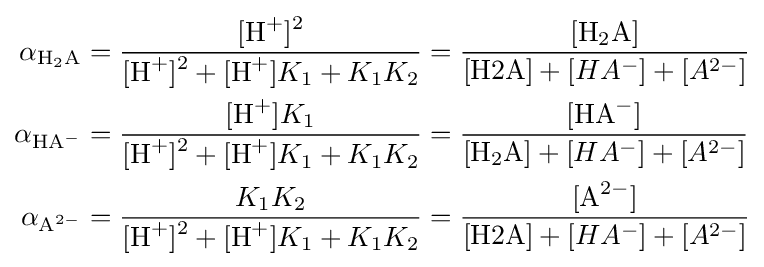
{\begin{aligned}\alpha _{{\ce {H2A}}}&={\frac {{\ce {[H+]^2}}}{{\ce {[H+]^2}}+[{\ce {H+}}]K_{1}+K_{1}K_{2}}}={\frac {{\ce {[H2A]}}}{{\ce {{[H2A]}}}+[HA^{-}]+[A^{2-}]}}\\\alpha _{{\ce {HA^-}}}&={\frac {[{\ce {H+}}]K_{1}}{{\ce {[H+]^2}}+[{\ce {H+}}]K_{1}+K_{1}K_{2}}}={\frac {{\ce {[HA^-]}}}{{\ce {[H2A]}}+{[HA^{-}]}+{[A^{2-}]}}}\\\alpha _{{\ce {A^{2-}}}}&={\frac {K_{1}K_{2}}{{\ce {[H+]^2}}+[{\ce {H+}}]K_{1}+K_{1}K_{2}}}={\frac {{\ce {[A^{2-}]}}}{{\ce {{[H2A]}}}+{[HA^{-}]}+{[A^{2-}]}}}\end{aligned}}